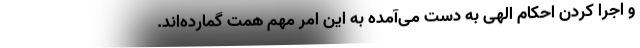
و اجرا کردن احکام الهی به دست می‌آمده به این امر مهم همت گمارده‌اند.